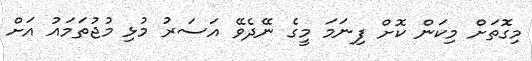
މިގޮތަށް މިކަން ކޮށް ފިނަމަ މީގެ ނޭދެވޭ އަސަރު މުޅި މުޖުތަމައު އަށް